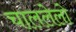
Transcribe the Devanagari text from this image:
चाललेलो